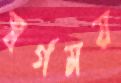
স্বর্গময়